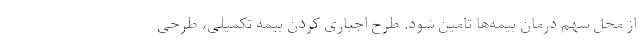
از محل سهم درمان بیمه‌ها تامین شود. طرح اجباری کردن بیمه تکمیلی، طرحی